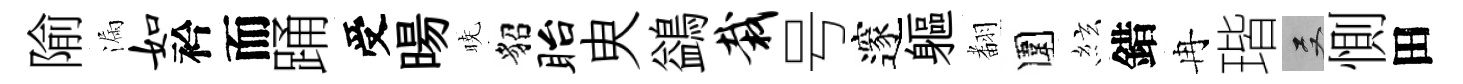
隃漏如衿而踊受暘暁貂眙㬰鷁栽号邃軀𮋒圍絃錯冉瑎双惻田